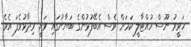
ހަވީރު ނޫސް ހުއްޓާލީ ކަމަށް ވެސް އެބޭފުޅުންގެ ބަޔާނުގައި ވަނީ ވިދާޅުވެފަ އެވެ.